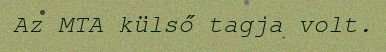
Az MTA külső tagja volt.